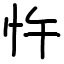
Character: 忤